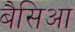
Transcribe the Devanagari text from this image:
बैसिआ